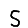
Digit: 5